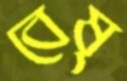
বেষ্